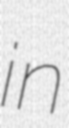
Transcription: in